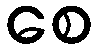
စေ